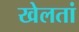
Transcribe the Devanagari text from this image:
खेलतां